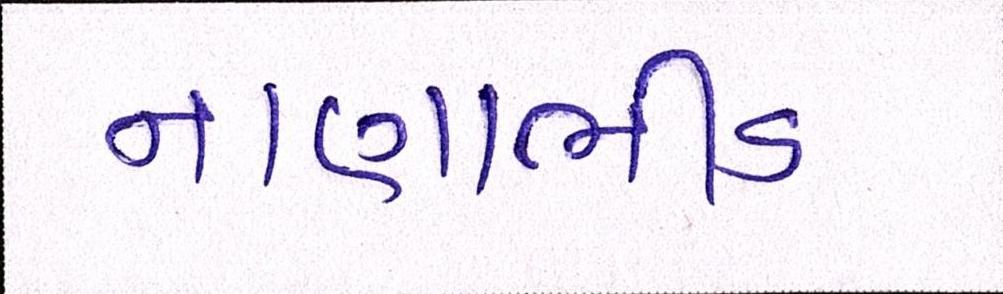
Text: નાણાભીડ